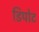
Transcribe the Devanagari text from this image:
डिपोट